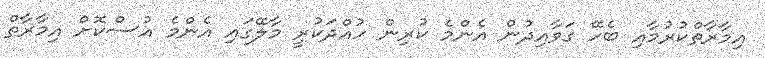
އިމާރާތްކުރުމާއި ބެހޭ ގަވާއިދުން އެންމެ ކުރިން ހުއްދަކުރީ މާލޭގައި އެންމެ އުސްކޮށް އިމާރާތް